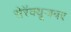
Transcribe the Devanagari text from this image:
सेरॅक्यूजवर